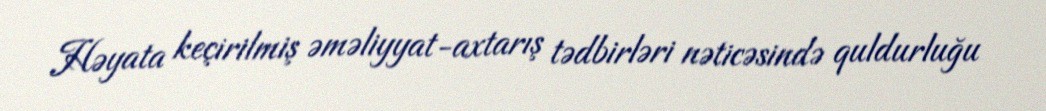
Həyata keçirilmiş əməliyyat-axtarış tədbirləri nəticəsində quldurluğu